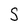
Character: S